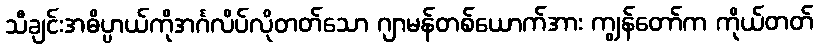
သီချင်းအဓိပ္ပာယ်ကိုအင်္ဂလိပ်လိုတတ်သော ဂျာမန်တစ်ယောက်အား ကျွန်တော်က ကိုယ်တတ်